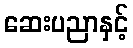
ဆေးပညာနှင့်